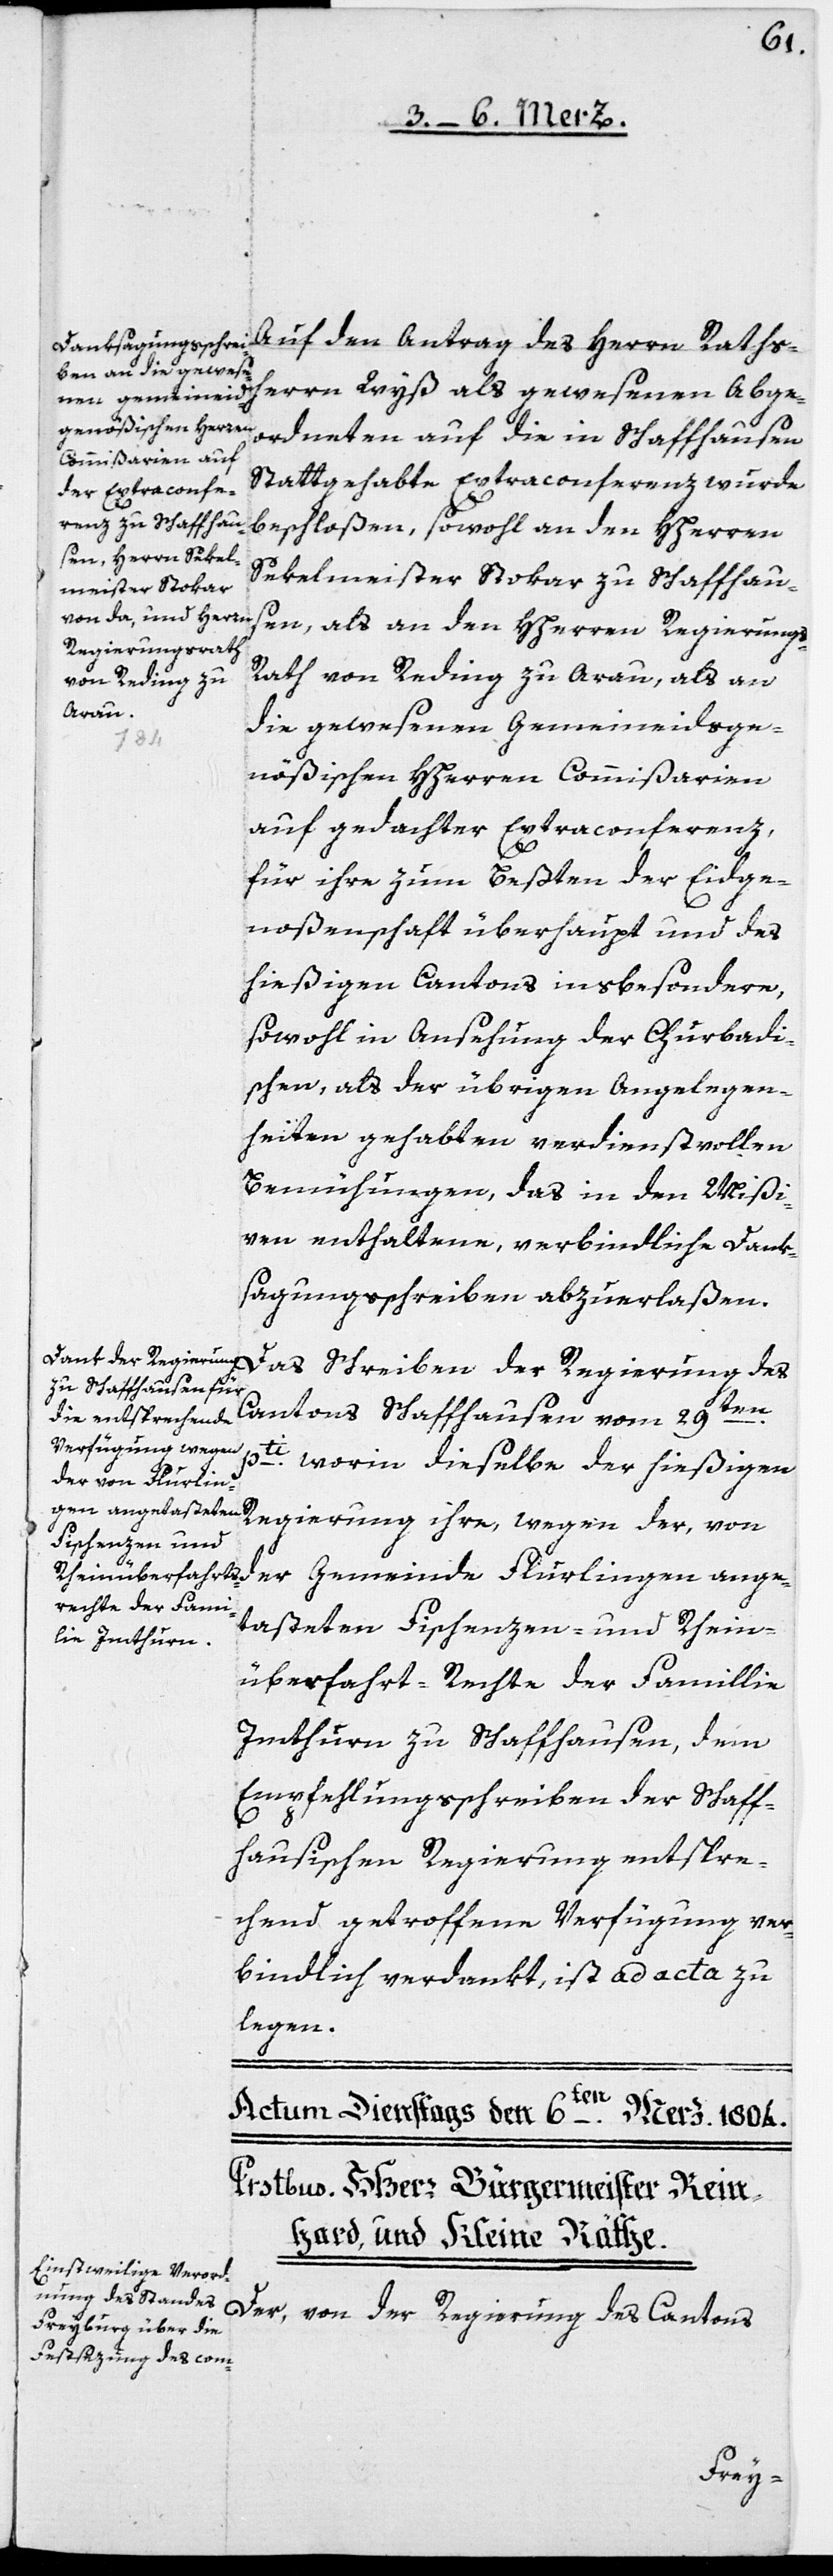
herrn Wyß als gewesenen Abge¬
ordneten auf die in Schaffhausen
Stattgehabte Extraconferenz wurde
beschloßen, sowohl an den HHerrn
Sekelmeister Stokar zu Schaffhau¬
sen, als an den HHerren Regierungs-R¬
ath von Reding zu Arau, als an
die gewesenen gemeineidsge¬
nößischen HHerren Commißarien
auf gedachter Extraconferenz,
für ihre zum Beßten der Eidge¬
noßenschaft überhaupt und des
hießigen Cantons insbesondere,
sowohl in Ansehung der Churbadi¬
schen, als der übrigen Angelegen¬
heiten gehabten verdienstvollen
Bemühungen, das in den Mißi¬
ven enthaltene, verbindliche Dank¬
sagungsschreiben abzuerlaßen.
den
Cantons Schaffhausen vom 29ten
pti, worin dieselbe der hießigen
Regierung ihre, wegen der, von
der Gemeinde Flurlingen ange¬
tasteten Fischenzen- und Rhein¬
überfahrts-Rechte der Famillie
Imthurn zu Schaffhausen, dem
Empfehlungsschreiben der Schaff¬
hausischen Regierung entspre¬
chend getroffene Verfügung ver¬
bindlich verdankt, ist ad acta zu
legen.
Schreiben der Regierung des
Antrag des Herrn Raths¬
Der, von der Regierung des Cantons